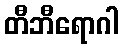
တီဘီရောဂါ